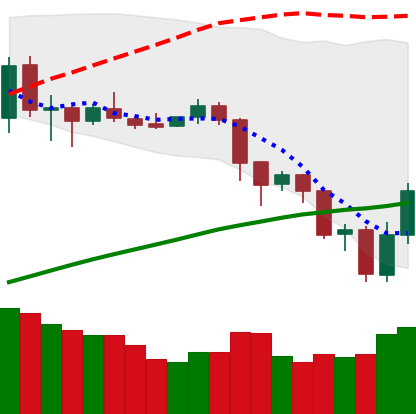
Ticker: LTC-USD
Chart end date: 2019-07-18
Forward return: -10.35%
Label: down_7plus